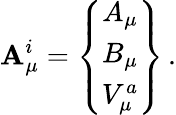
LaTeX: {\cal\mathbf{A}}_{\mu}^{i}=\left\{ \begin{array}{ccc}{{A_{\mu}}}\\ {{B_{\mu}}}\\ {{V_{\mu}^{a}}}\end{array}\right\} \, .